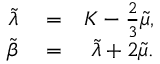
\begin{array} { r l r } { \tilde { \lambda } } & { { } = } & { K - \frac { 2 } { 3 } \tilde { \mu } , } \\ { \tilde { \beta } } & { { } = } & { \tilde { \lambda } + 2 \tilde { \mu } . } \end{array}